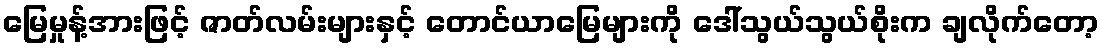
မြေမှုန့်အားဖြင့် ဇာတ်လမ်းများနှင့် တောင်ယာမြေများကို ဒေါ်သွယ်သွယ်စိုးက ချလိုက်တော့